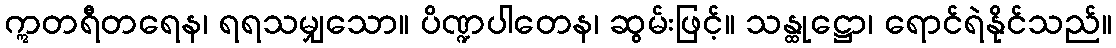
ဣတရီတရေန၊ ရရသမျှသော။ ပိဏ္ဍပါတေန၊ ဆွမ်းဖြင့်။ သန္ထုဋ္ဌော၊ ရောင်ရဲနိုင်သည်။